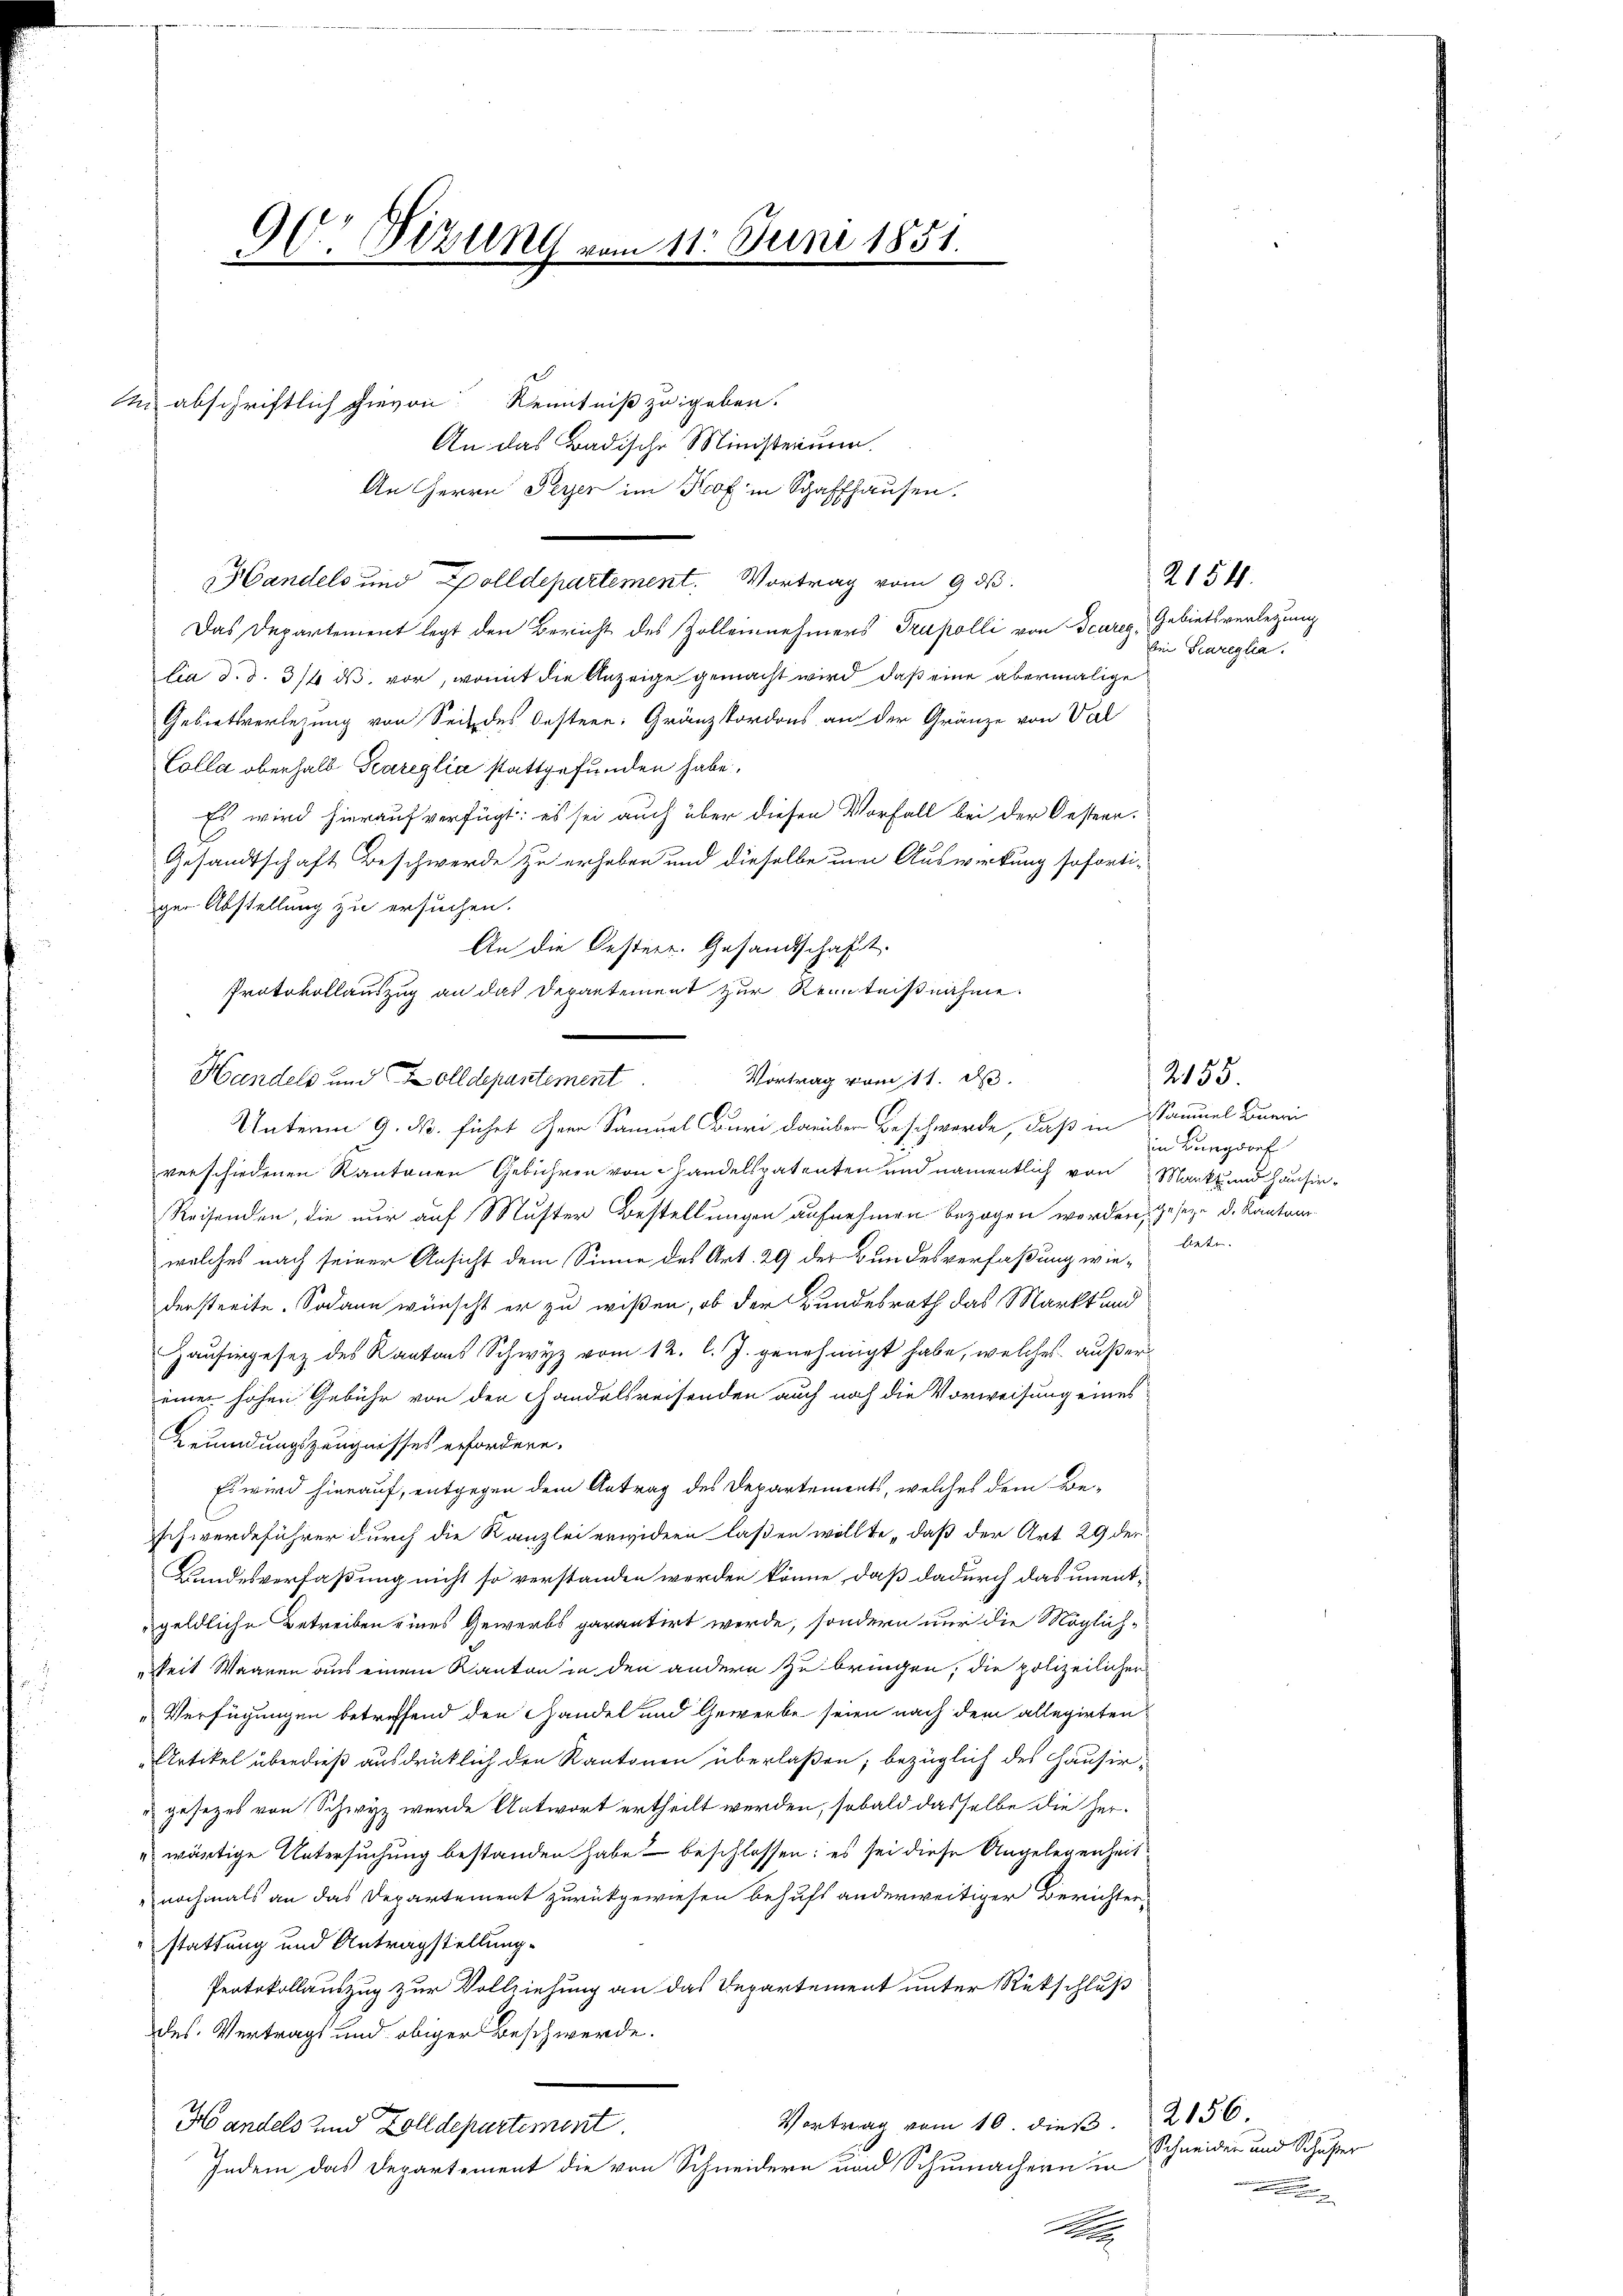
n abschriftlich hievon Kenntniß zu geben.

90 Vizung vom 11. Juni 1851.

An das Badische Ministerium
An Herrn Peyer im Kof in Schaffhausen.
HHandels und Polldepartement. Vortrag vom 9. ds.
Das Departement legt den Bericht des Zolleinnehmers Trupolli von Beares Gebietsverlegung
lia d. d. 316 ds. vor, womit die Anzeige gemacht wird, daß eine abermalige
Gebietsverlegung von Seit des Oestern: Gränztordons an der Gränze von Val
Colla oberhalb Geareglia stattgefunden habe.
Es wird hierauf verfügt: es sei auch über diesen Vorfall bei der Oesterr.
Gesandtschaft Beschwerde zu erheben und dieselbe um Auswirkung soforti-
ger Abstellung zu ersuchen.
An die Oesterr. Gesandtschaft.
Protokollauszug an das Departement zur Kenntnißnahme.
Handels und Zolldepartement
Unterm 9. No. führt Herr Samuel Buri darüber Beschwerde, daß in
verschiedenen Kantonen Gebühren von Handelspatenten und namentlich von Markt und Hausir¬
Reisenden, die nur auf Muster Bestellungen aufnehmen bezogen werden, geseze, d. Kanton
welches nach seiner Ansicht dem Sinne des Art. 29 der Bundesverfaßung wiederstreite. Sodann wünscht er zu wißen, ob der Bundesrath das Markt und
Hausirgesez des Kantons Schwyz vom 12. l. J. genehmigt habe, welches außereiner hohen Gebühr von den Handelsreisenden auch noch die Vorweisung eines
Beundungszeugnisses erfordere.
Es wird hierauf, entgegen dem Antrag des Departements, welches dem Be-
schwerdeführer durch die Kanzlei erwidern laßen wollte, daß der Art 29 der
Bundesverfaßung nicht so verstanden werden könne, daß dadurch das unentgeldliche Betreiben eines Gewerbs garantirt werde, sondern nur die Möglich-
Zeit Waaren aus einem Kanton in den andern zu bringen, die polizeilichen
Verfügungen betreffend den Handel und Gewerbe seien nach dem allegirten
Artikel überdieß ausdrücklich den Kantonen überlaßen; bezüglich des Hausir¬
 gesetzes von Schwyz wurde Antwort ertheilt werden, sobald dasselbe die Her-
uswärtige Untersuchung bestanden habe beschlossen; es sei diese Angelegenheit
nochmals an das Departement zurückgewiesen behufs anderweitiger Berichter-
stattung und Antragstellung.
Protokollauszug zur Vollziehung an das Departement unter Rückschluß
des. Vertragt und obiger Beschwerde.
Vortrag vom 10. dieß. 2156
Ho andels und Zolldepartement.
Indem das Departement die von Schneidern und Schumachern in
e

Vortrag vom 11. d.

2154.
Ein Sareglia.

2155.
aumel Bueri
in Burgdorf
biete.

Schneider und Schusser
e